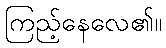
ကြည့်နေလေ၏။